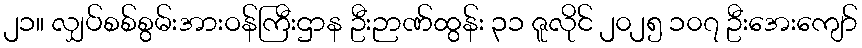
၂၁။ လျှပ်စစ်စွမ်းအားဝန်ကြီးဌာန ဦးဉာဏ်ထွန်း ၃၁ ဇူလိုင် ၂၀၂၅ ၁၀၇ ဦးအေးကျော်